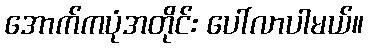
အောက်ကပုံအတိုင်း ပေါ်လာပါမယ်။